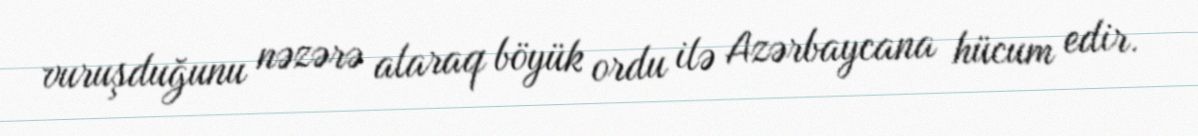
vuruşduğunu nəzərə alaraq böyük ordu ilə Azərbaycana hücum edir.